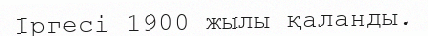
Іргесі 1900 жылы қаланды.